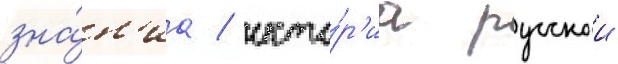
зна́н'иа / исто́р'иа русскои